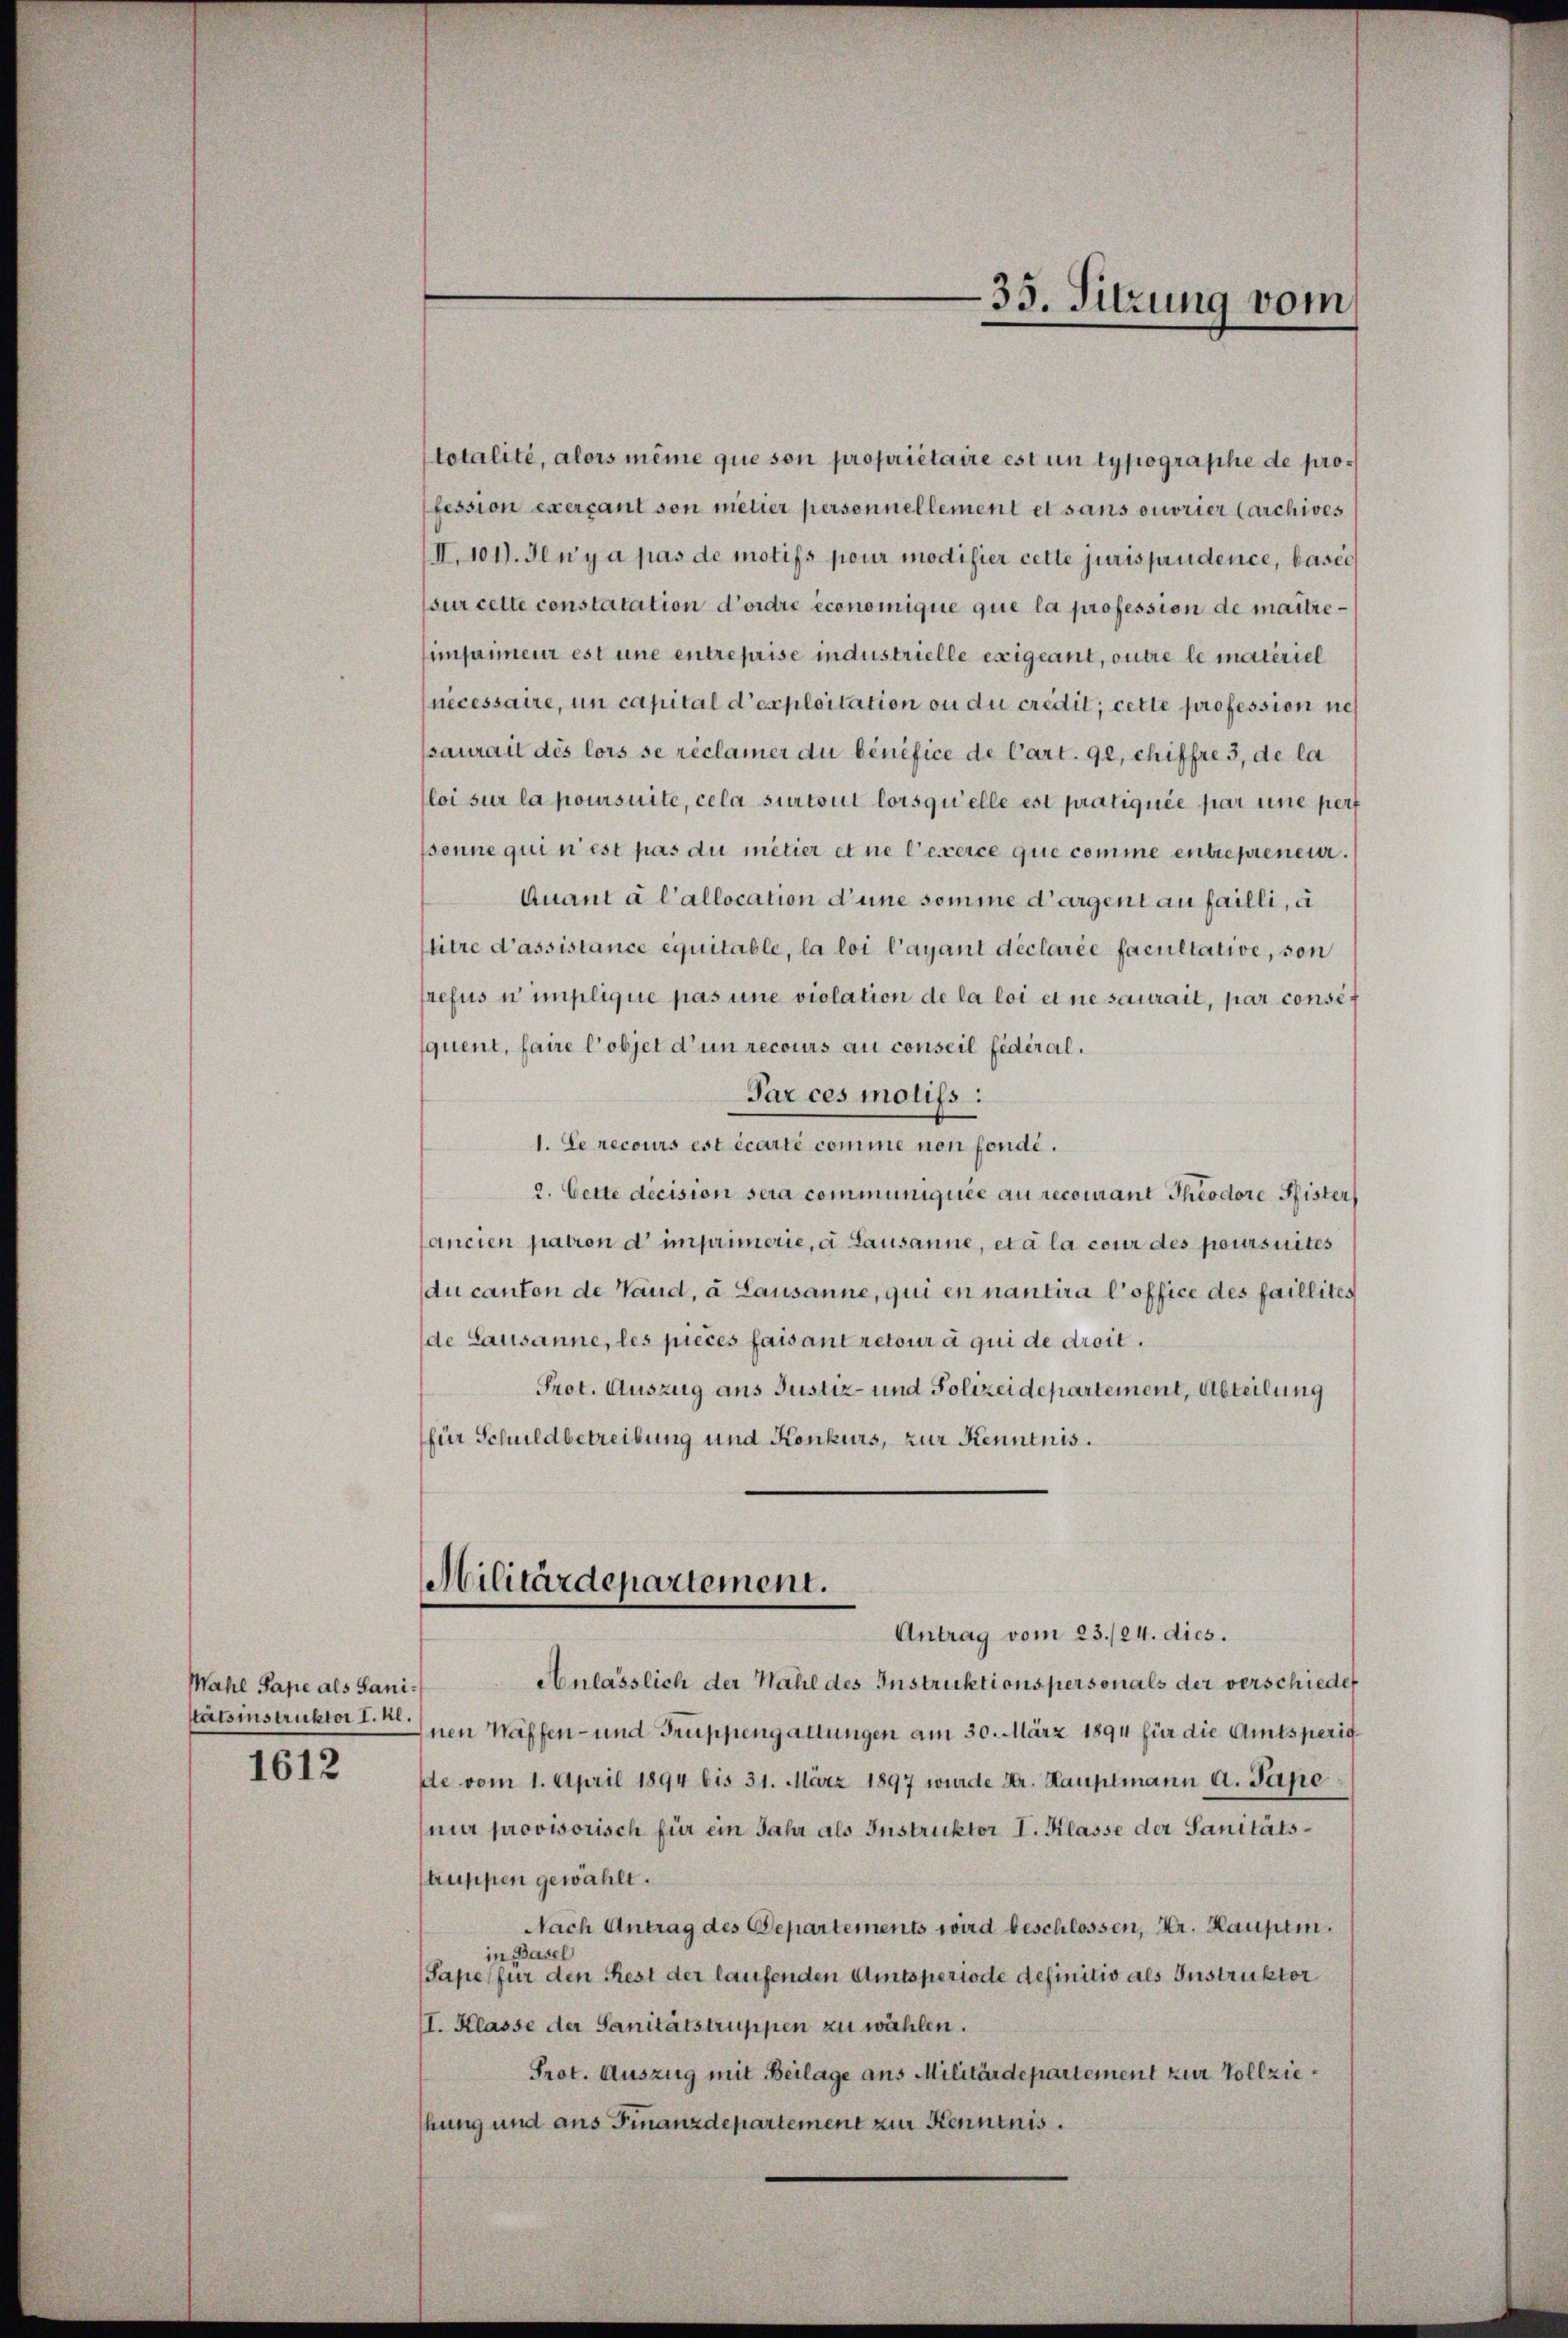
Mahl Pape als Sani¬
1612

totalité, alors même que son propriétaire est un typographe de profession exercant von metier personnellement et sans ouvrier Carchives
II. 101). Jeny a pas de motifs pour modifier cette jurisprudence, basie
sur cette constatation d’ordre économique que la profession de maîtreimpimeur est une entreprise industrielle exigeant, outre le materiel
necessaire, un capital d’exploitation ou du credit, cette profession neh
psaurait des lors se réclamer du bénéfice de Cart. 92, chiffre 3, de la
loi sur la poursuite, cela sur tout lorsquelle est pratiquée par une pert
psenne qui n’est pas du métier et ne l’exerce que comme entrepreneur.
Quant à l’allocation d’une somme d’argent au failli, a
titre d’assistance équitable, la loi l’ayant déclarée facultative, von
refus u implique pas une violation de la loi et ne saurait, par consef
quent, faire l’objet d’un recours au conseil fédéral.
Par ces motifs :
1. Le recours est écarté comme non fonde.
2. Cette decision sera communiquée au recourant Theodore Pfister
ancien pation d' imprimerie, a Lausanne, et a la cour des poursuites
du canton de Vaud, a. Lausanne, qui en nantira l’office des faillites
de Lausanne, les pieces faisant retour à qui de droit.
Prot. Auszug aus Justiz- und Polizeidepartement, Abteilung
für Schuldbetreibung und Konkurs, zur Kenntnis.
Militärdepartement.
Antrag vom 23./24. dies.
Anlässlich der Wahl des Instruktionspersonals der verschiedet
stätsinstruktor den Waffen- und Truppengattungen am 30. März 1894 für die Amtsperig
de vom 1. April 1894 bis 31. März 1897 wurde Dr. Hauptmann a. Pape
ni provisorisch für ein Jahr als Instruktor I. Klasse der Sanitätstruppen gewählt.
Nach Antrag des Departements wird beschlossen, Hr. Hauptm.
in Basel
(Sape für den Rest der laufenden Amtsperiode definitiv als Instruktor
II. Klasse der Sanitätstruppen zu wählen.
Prot. Auszug mit Beilage aus Militärdepartement zur Vollziehung und aus Finanzdepartement zur Kenntnis.

35. Sitzung vom